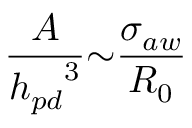
\frac { A } { { h _ { p d } } ^ { 3 } } { \sim } \frac { { \sigma } _ { a w } } { R _ { 0 } }